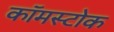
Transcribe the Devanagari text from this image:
कॉमस्टोक